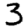
Digit: 3